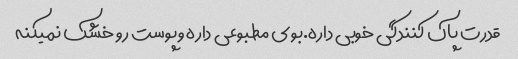
قدرت پاک کنندگی خوبی داره.بوی مطبوعی داره وپوست رو خشک نمیکنه